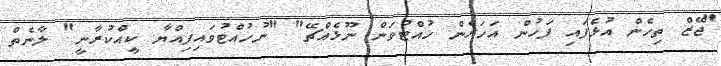
"ޖޭޒް ތިހެން އުޅެފައި ފަހުން އަހަރެން ހުއްޓުވަން ނޫޅެއްޗޭ" "ނުހުއްޓުވައިފިއްޔާ ކީއްކުރާނީ" ލާނެތް